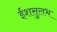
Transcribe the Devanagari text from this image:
ईशसुलभ